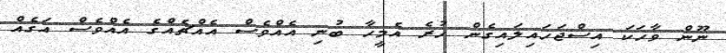
ނޫން ވާހަކަ އިސްޖަހައިލައިގެން ހުރެ އެމީހާ ބުނި އެއްވެސް އެއްޗެއްގެ އެއްވެސް އަގެއް